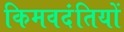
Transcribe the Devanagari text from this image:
किमवदंतियों